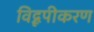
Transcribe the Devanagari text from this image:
विद्रूपीकरण